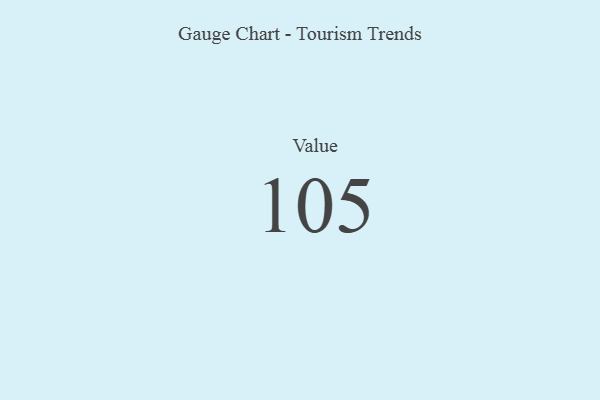
{"axis": {"x": "Metric", "y": "Value"}, "legend": [""], "data": [{"x": "Value", "y": 105, "type": ""}]}